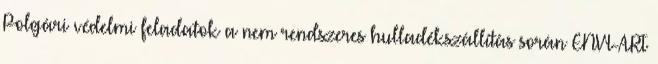
Polgári védelmi feladatok a nem rendszeres hulladékszállítás során ENVI-ART